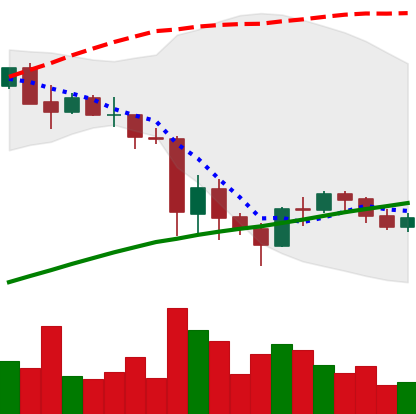
Ticker: BNB-USD
Chart end date: 2021-05-30
Forward return: 20.139%
Label: up_7plus